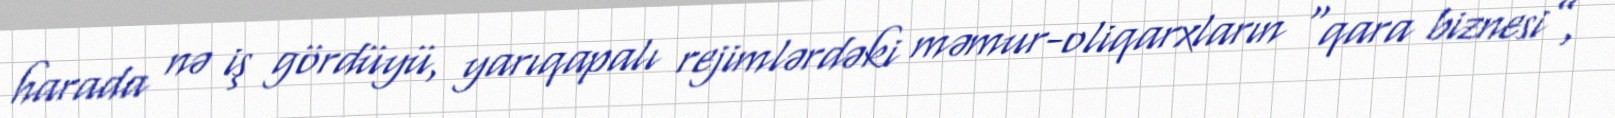
harada nə iş gördüyü, yarıqapalı rejimlərdəki məmur-oliqarxların “qara biznesi”,